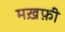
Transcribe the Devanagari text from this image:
मख़फ़ी